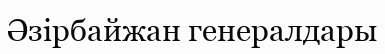
Әзірбайжан генералдары